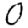
Digit: 0